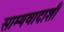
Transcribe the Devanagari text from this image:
साम्यवादाशी